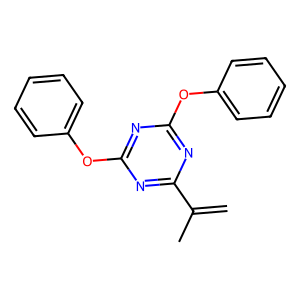
SMILES: C=C(C)c1nc(Oc2ccccc2)nc(Oc2ccccc2)n1
Inhibits HIV replication: No